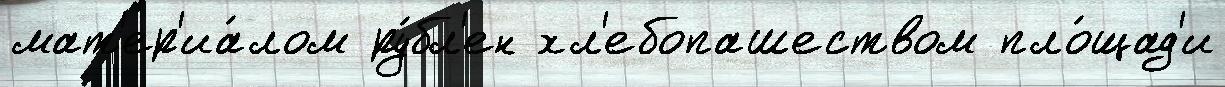
мат'ер'иа́лом ру́бл'ен хл'ебопашеством пло́щад'и